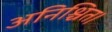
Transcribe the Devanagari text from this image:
अनिश्चित।